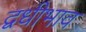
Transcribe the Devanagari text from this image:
द्वधीभाव